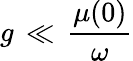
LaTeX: g\, \ll\, {\frac{\mu(0)}{\omega}}